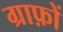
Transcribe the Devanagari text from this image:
ग्राफ़ों